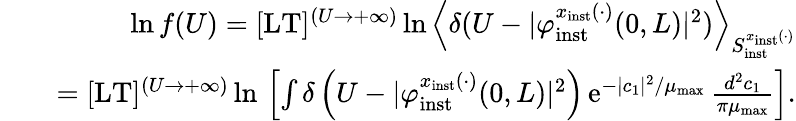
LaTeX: \begin{array}{rlr}&{}&{\ln f(U)=\lbrack\mathrm{LT}\rbrack^{(U\to+\infty)}\ln\left\langle\delta(U-\vert\varphi_{\mathrm{inst}}^{x_{\mathrm{inst}}(\cdot)}(0,L)\vert^{2})\right\rangle_{S_{\mathrm{inst}}^{x_{\mathrm{inst}}(\cdot)}}}\\ &{}&{=\lbrack\mathrm{LT}\rbrack^{(U\to+\infty)}\ln\, \left\lbrack\int\delta\left(U-\vert\varphi_{\mathrm{inst}}^{x_{\mathrm{inst}}(\cdot)}(0,L)\vert^{2}\right)\, \mathrm{e}^{-\vert c_{1}\vert^{2}/\mu_{\mathrm{max}}}\, \frac{d^{2}c_{1}}{\pi\mu_{\mathrm{max}}}\right\rbrack.}\end{array}